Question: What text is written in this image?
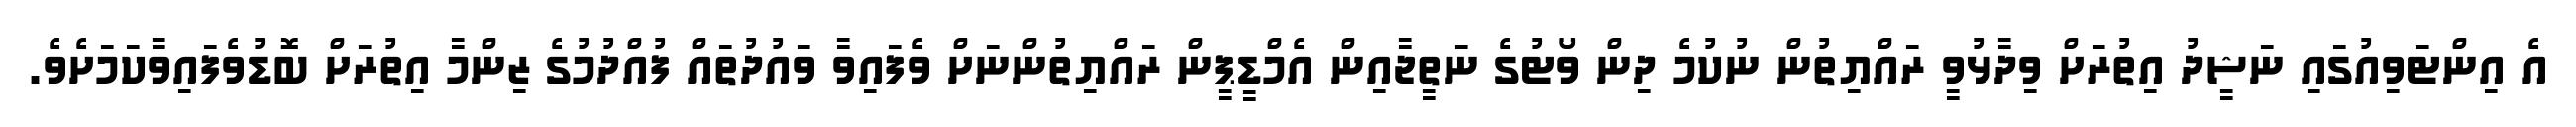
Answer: އެ އިންޓަވިއުގައި ނަޝީދު އިތުރަށް ވިދާޅުވީ ރައްޔިތުން ނުކުމެ ދިން ވޯޓުގެ ނަތީޖާއިން އެމްޑީޕީން ރައްޔިތުންނަށް ވެފައިވާ ވައުދުތައް ފުއްދުމުގެ ޒިންމާ އިތުރަށް ބޮޑުވެފައިވާކަމަށެވެ.